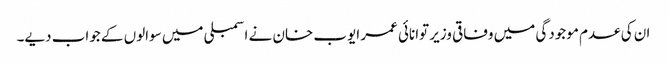
ان کی عدم موجودگی میں وفاقی وزیر توانائی عمر ایوب خان نے اسمبلی میں سوالوں کے جواب دیے۔